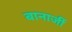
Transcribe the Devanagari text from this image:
बानार्जी